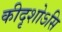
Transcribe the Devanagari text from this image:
कीदृशोऽसि